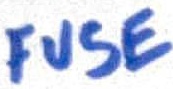
Text: FUSE